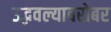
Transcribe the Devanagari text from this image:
उद्भवल्याबरोबर